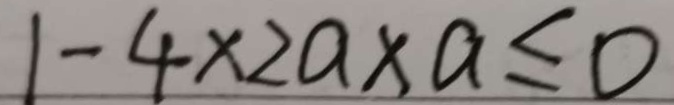
1 - 4 \times 2 a \times a \leq 0